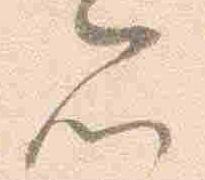
所